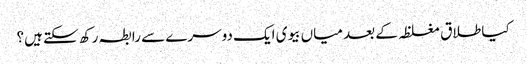
کیا طلاق مغلظہ کے بعد میاں بیوی ایک دوسرے سے رابطہ رکھ سکتے ہیں؟